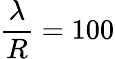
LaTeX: \frac{\lambda}{R}=100